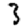
Digit: 3